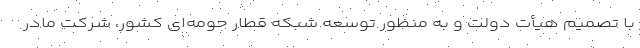
با تصمیم هیأت دولت و به منظور توسعه شبکه قطار حومه‌ای کشور، شرکت مادر